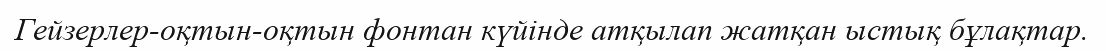
Гейзерлер-оқтын-оқтын фонтан күйінде атқылап жатқан ыстық бұлақтар.